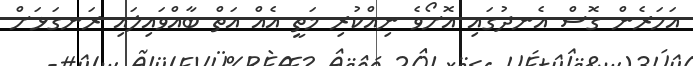
އަހަރެން ގޮސް އެނދުގައި އޮށޯވެ ނިއްކުރި މަތީ އެއް އަތް ބާއްވައިލައި ރަނގަޅަށް